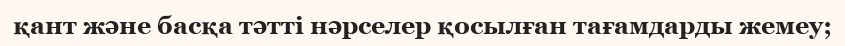
қант және басқа тәтті нәрселер қосылған тағамдарды жемеу;